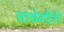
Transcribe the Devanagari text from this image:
चाचेगीरी